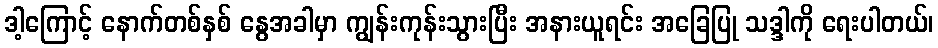
ဒါ့ကြောင့် နောက်တစ်နှစ် နွေအခါမှာ ကျွန်းကုန်းသွားပြီး အနားယူရင်း အခြေပြု သဒ္ဒါကို ရေးပါတယ်၊